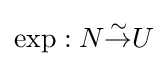
\operatorname {exp} :N{\overset {\sim }{\to }}U